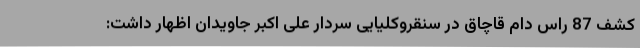
کشف 87 راس دام قاچاق در سنقروکلیایی سردار علی اکبر جاویدان اظهار داشت: